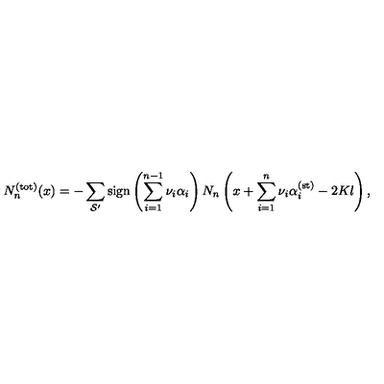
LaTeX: N _ { n } ^ { ( \mathrm { t o t } ) } ( x ) = - \sum _ { { \cal S } ^ { \prime } } \mathrm { s i g n } \left( \sum _ { i = 1 } ^ { n - 1 } \nu _ { i } \alpha _ { i } \right) N _ { n } \left( x + \sum _ { i = 1 } ^ { n } \nu _ { i } \alpha _ { i } ^ { ( \mathrm { s t } ) } - 2 K l \right) ,